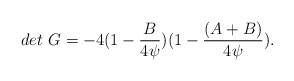
\begin{align*}det \ G =-4(1-{B \over 4\psi}) (1 - {(A+B) \over4\psi}) .\end{align*}